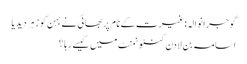
گوجرانوالہ: غیرت کے نام پر بھائی نے بہن کو زہر دیدیا
اسامہ بن لادن کنٹونمنٹ میں کیسے رہا ؟